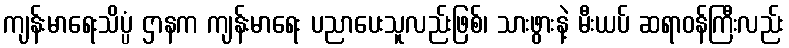
ကျန်းမာရေးသိပ္ပံ ဌာနက ကျန်းမာရေး ပညာပေးသူလည်းဖြစ်၊ သားဖွားနဲ့ မီးယပ် ဆရာဝန်ကြီးလည်း